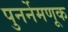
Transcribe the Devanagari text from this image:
पुनर्नेमणूक